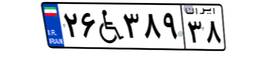
۲۶W۳۸۹۳۸